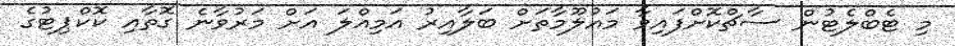
މި ޓެބްލެޓުން ސާޗްކޮށްފައިވާ މައުލޫމާތަށް ބަލާއިރު އަމިއްލަ އަށް މަރުވާނެ ގޮތާއި ކޮކްޕިޓުގެ